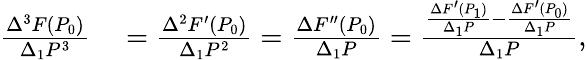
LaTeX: \begin{array}{rl}{{\frac{\Delta^{3}F(P_{0})}{\Delta_{1}P^{3}}}}&{{}={\frac{\Delta^{2}F^{\prime}(P_{0})}{\Delta_{1}P^{2}}}={\frac{\Delta F^{\prime\prime}(P_{0})}{\Delta_{1}P}}={\frac{{\frac{\Delta F^{\prime}(P_{1})}{\Delta_{1}P}}-{\frac{\Delta F^{\prime}(P_{0})}{\Delta_{1}P}}}{\Delta_{1}P}},}\end{array}